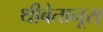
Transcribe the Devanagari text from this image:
थीबेतानूस्